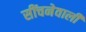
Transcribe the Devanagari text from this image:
सींचनेवाली